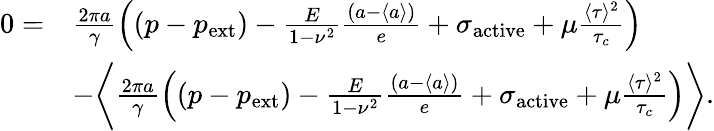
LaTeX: \begin{array}{rl}{0=}&{\frac{2\pi a}{\gamma}\left((p-p_{\mathrm{ext}})-\frac{E}{1-\nu^{2}}\frac{\left(a-\langle a\rangle\right)}{e}+\sigma_{\mathrm{active}}+\mu\frac{\langle\tau\rangle^{2}}{\tau_{c}}\right)}\\ &{-\bigg\langle\frac{2\pi a}{\gamma}\left((p-p_{\mathrm{ext}})-\frac{E}{1-\nu^{2}}\frac{\left(a-\langle a\rangle\right)}{e}+\sigma_{\mathrm{active}}+\mu\frac{\langle\tau\rangle^{2}}{\tau_{c}}\right)\bigg\rangle.}\end{array}